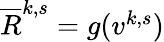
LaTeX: \begin{array}{r}{\overline{{R}}^{k,s}=g(v^{k,s})}\end{array}